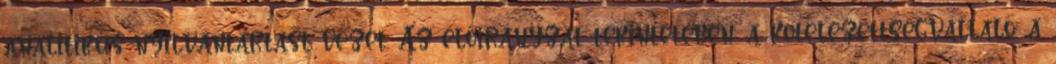
analitikus nyilvántartást vezet. Az előirányzat tekintetében: a kötelezettségvállaló: a